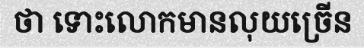
ថា ទោះលោកមានលុយច្រើន